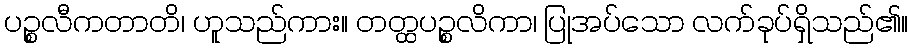
ပဉ္စလီကတာတိ၊ ဟူသည်ကား။ တတ္ထပဉ္စလိကာ၊ ပြုအပ်သော လက်ခုပ်ရှိသည်၏။